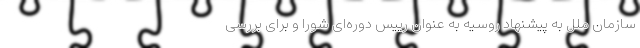
سازمان ملل به پیشنهاد روسیه به عنوان رییس دوره‌ای شورا و برای بررسی